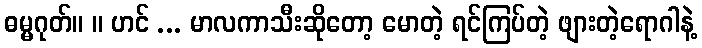
ဓမ္မဂုတ်။ ။ ဟင် ... မာလကာသီးဆိုတော့ မောတဲ့ ရင်ကြပ်တဲ့ ဖျားတဲ့ရောဂါနဲ့